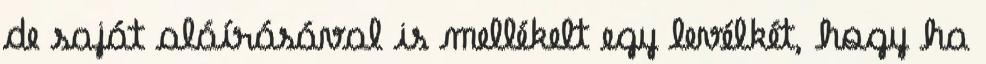
de saját aláírásával is mellékelt egy levélkét, hogy ha